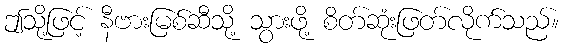
ဤသို့ဖြင့် နီဗားမြစ်ဆီသို့ သွားဖို့ စိတ်ဆုံးဖြတ်လိုက်သည်။